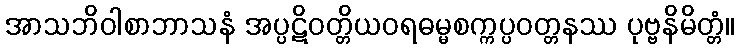
အာသဘိဝါစာဘာသနံ အပ္ပဋိဝတ္တိယဝရဓမ္မစက္ကပ္ပဝတ္တနဿ ပုဗ္ဗနိမိတ္တံ။